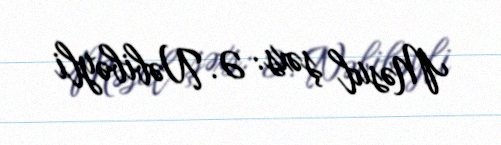
Məsul şəxs: Ə. Nəbibəyli